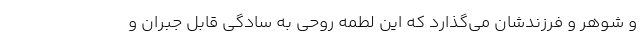
و شوهر و فرزندشان می‌گذارد که این لطمه روحی به سادگی قابل جبران و